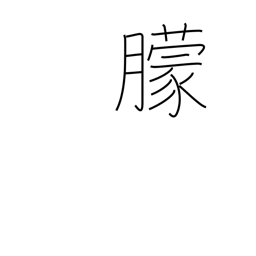
Meaning: obscure